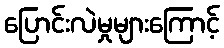
ပြောင်းလဲမှုများကြောင့်